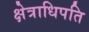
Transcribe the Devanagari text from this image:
क्षेत्राधिपति